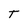
Character: T